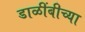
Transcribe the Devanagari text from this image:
डाळींबीच्या